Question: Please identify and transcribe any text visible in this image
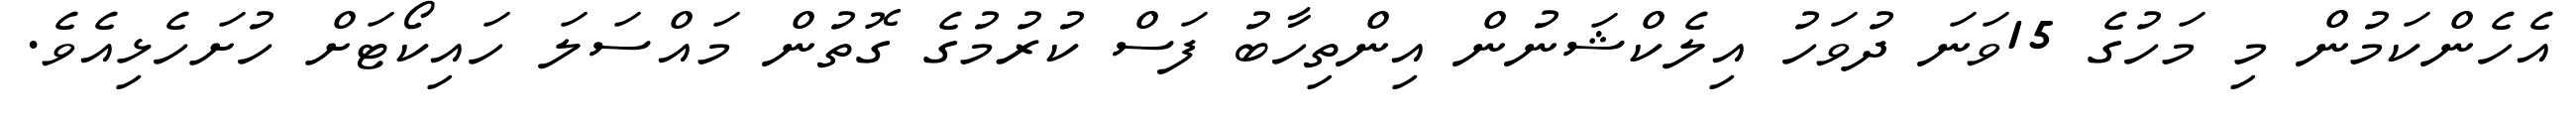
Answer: އެހެންކަމުން މި މަހުގެ 15ވަނަ ދުވަހު އިލެކްޝަނުން އިންތިހާބު ފަސް ކުރުމުގެ ގޮތުން މައްސަލަ ހައިކޯޓަށް ހުށަހެޅިއެވެ.